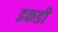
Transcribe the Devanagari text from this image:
इकडी